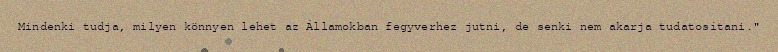
Mindenki tudja, milyen könnyen lehet az Államokban fegyverhez jutni, de senki nem akarja tudatosítani."